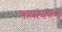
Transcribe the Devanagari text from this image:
गावांवरुन